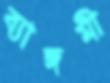
ব্যাঙ্গমী